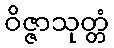
ဝိဇ္ဇာသုတ္တံ